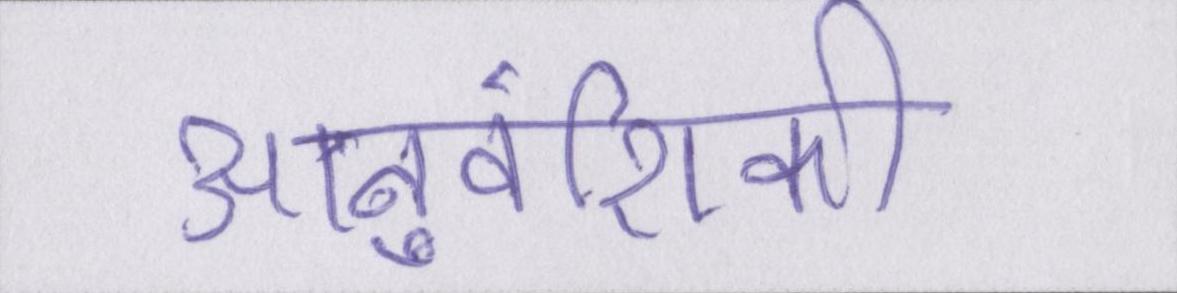
आनुवंशिकी